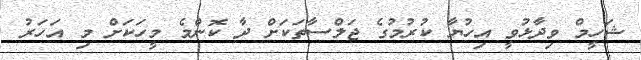
ޝަހީމް ވިދާޅުވީ އިހުޔާ ކުރުމުގެ ޖަލްސާތަކަށް ދާ ކޮންމެ މީހަކަށް މި އަހަރު